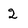
Character: 2